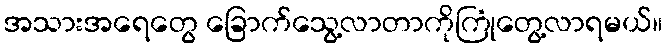
အသားအရေတွေ ခြောက်သွေ့လာတာကိုကြုံတွေ့လာရမယ်။